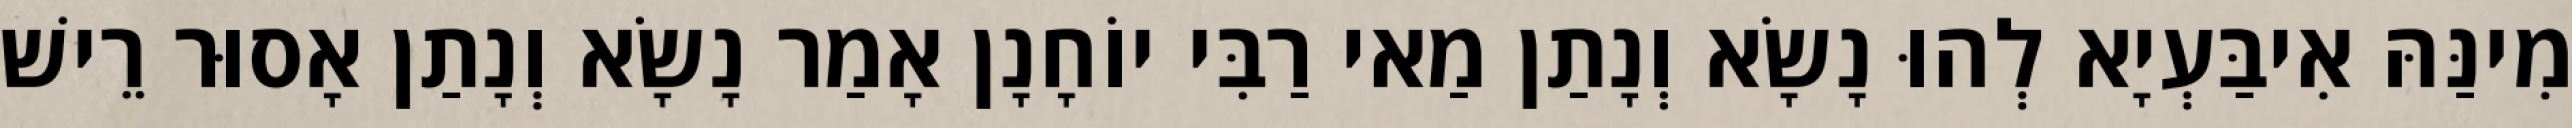
מִינַּהּ אִיבַּעְיָא לְהוּ נָשָׂא וְנָתַן מַאי רַבִּי יוֹחָנָן אָמַר נָשָׂא וְנָתַן אָסוּר רֵישׁ